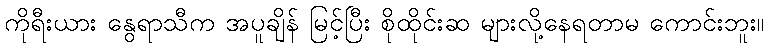
ကိုရီးယား နွေရာသီက အပူချိန် မြင့်ပြီး စိုထိုင်းဆ များလို့နေရတာမ ကောင်းဘူး။